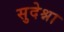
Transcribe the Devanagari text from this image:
सुदेश्ना